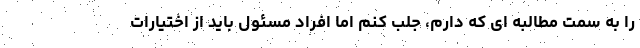
را به سمت مطالبه ای که دارم، جلب کنم اما افراد مسئول باید از اختیارات